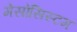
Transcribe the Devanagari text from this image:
मेसोसिस्टम